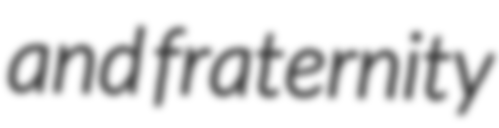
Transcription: and fraternity